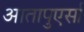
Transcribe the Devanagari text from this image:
आतापुएर्सा